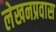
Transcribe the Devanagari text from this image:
लेखनप्रवास